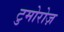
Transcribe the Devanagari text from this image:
टुमोरोज़